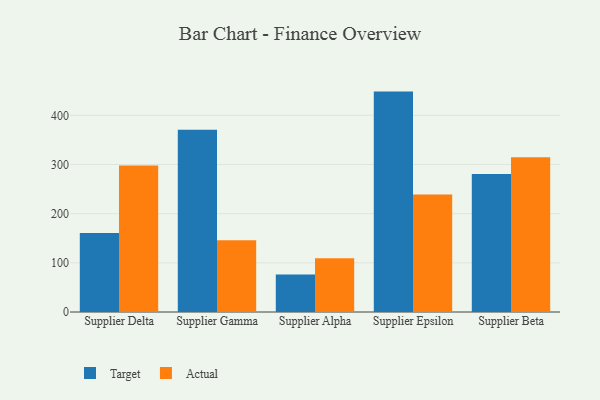
{"axis": {"x": "Supplier", "y": "Churn Rate (%)"}, "legend": ["Actual", "Target"], "data": [{"x": "Supplier Delta", "y": 160.5, "type": "Target"}, {"x": "Supplier Delta", "y": 298.2, "type": "Actual"}, {"x": "Supplier Gamma", "y": 370.9, "type": "Target"}, {"x": "Supplier Gamma", "y": 146.1, "type": "Actual"}, {"x": "Supplier Alpha", "y": 76.2, "type": "Target"}, {"x": "Supplier Alpha", "y": 109.4, "type": "Actual"}, {"x": "Supplier Epsilon", "y": 448.3, "type": "Target"}, {"x": "Supplier Epsilon", "y": 238.9, "type": "Actual"}, {"x": "Supplier Beta", "y": 280.9, "type": "Target"}, {"x": "Supplier Beta", "y": 314.9, "type": "Actual"}]}